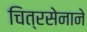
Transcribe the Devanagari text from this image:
चित्रसेनाने